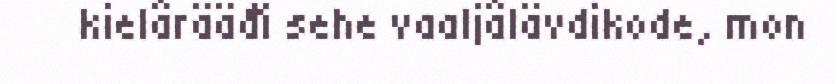
kielârääđi sehe vaaljâlävdikode, mon